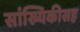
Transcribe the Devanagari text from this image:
सांख्यिकीसह